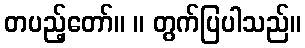
တပည့်တော်။ ။ တွက်ပြပါသည်။